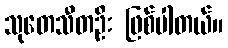
သုတေသီတဦး ဖြစ်ပါတယ်။